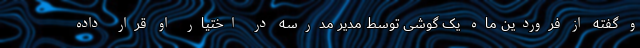
و گفته از فروردین ماه یک گوشی توسط مدیر مدرسه در اختیار او قرار داده